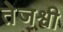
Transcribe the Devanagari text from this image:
तेजश्वी